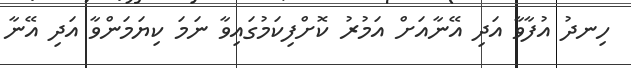
ހިނދު އުފާވާ އަދި އޭނާއަށް އަމުރު ކޮށްފިކަމުގައިވާ ނަމަ ކިޔަމަންވާ އަދި އޭނާ